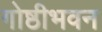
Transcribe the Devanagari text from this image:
गोष्ठीभवन